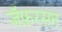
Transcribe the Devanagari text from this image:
जॅफ़रसन